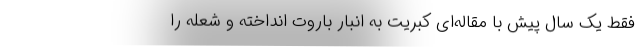
فقط یک سال پیش با مقاله‌ای کبریت به انبار باروت انداخته و شعله را